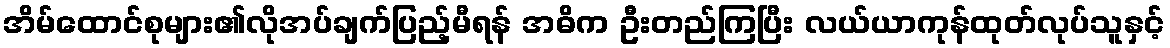
အိမ်ထောင်စုများ၏လိုအပ်ချက်ပြည့်မီရန် အဓိက ဦးတည်ကြပြီး လယ်ယာကုန်ထုတ်လုပ်သူနှင့်